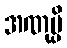
အဏုမ္ပိ